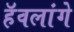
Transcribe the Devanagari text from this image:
हॅवलांगे